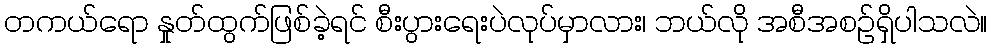
တကယ်ရော နှုတ်ထွက်ဖြစ်ခဲ့ရင် စီးပွားရေးပဲလုပ်မှာလား၊ ဘယ်လို အစီအစဉ်ရှိပါသလဲ။